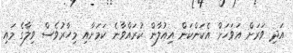
އަދި ވަރަށް އަވަހަށް އެކަންކަން އިއުލާން ކުރައްވާނެ ކަމަށާއި މިހާރުވެސް ވިލާގެ މައި